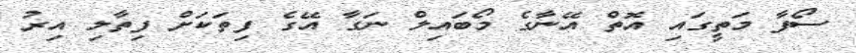
ސޯފާ މަތީގައި އޮތް އޭނާގެ މޯބައިލް ނަގާ އޭގެ ފިތަކަށް ފިތާލި އިރު